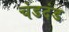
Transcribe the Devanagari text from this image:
चंडदंड